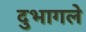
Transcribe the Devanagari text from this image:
दुभागले